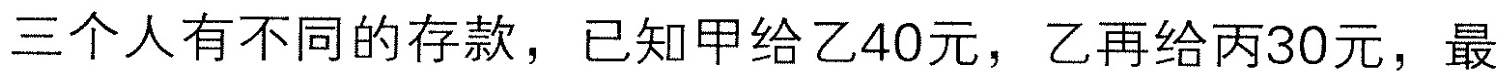
三个人有不同的存款，已知甲给乙40元，乙再给丙30元，最